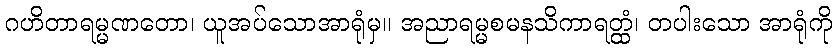
ဂဟိတာရမ္မဏတော၊ ယူအပ်သောအာရုံမှ။ အညာရမ္မစမနသိကာရတ္ထံ၊ တပါးသော အာရုံကို